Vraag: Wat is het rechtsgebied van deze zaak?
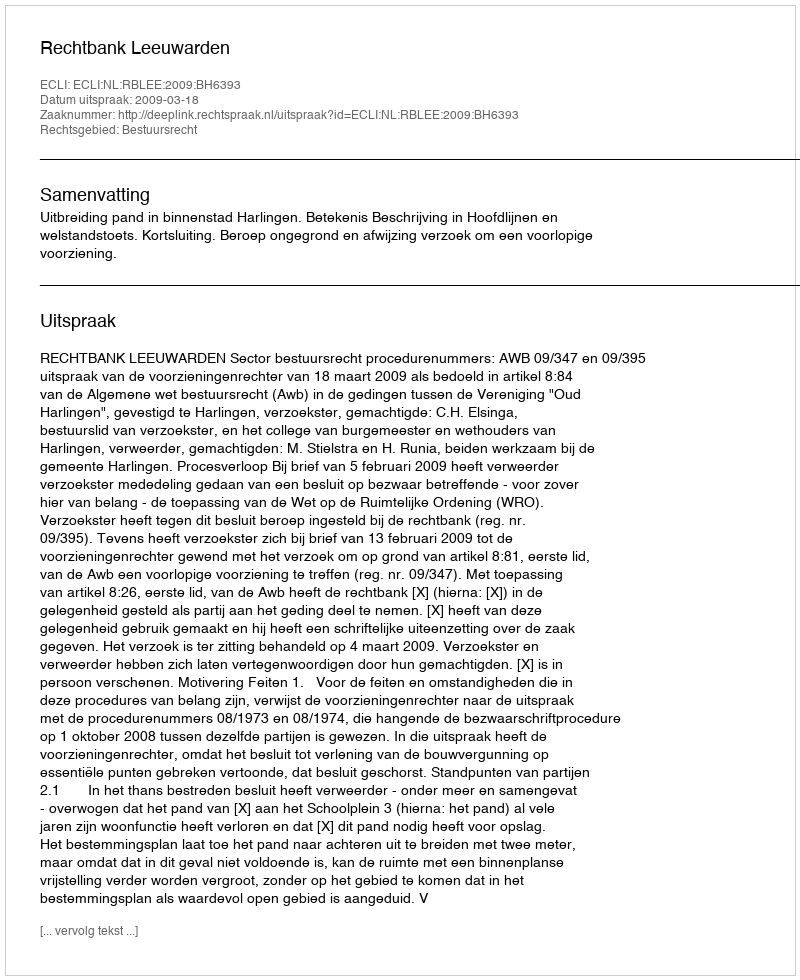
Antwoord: Bestuursrecht